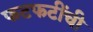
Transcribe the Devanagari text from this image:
फटफटींची